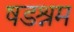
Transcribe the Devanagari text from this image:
षडश्रम